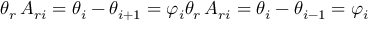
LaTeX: \theta _ { r } \, A _ { r i } = \theta _ { i } - \theta _ { i + 1 } = \varphi _ { i } \theta _ { r } \, A _ { r i } = \theta _ { i } - \theta _ { i - 1 } = \varphi _ { i }